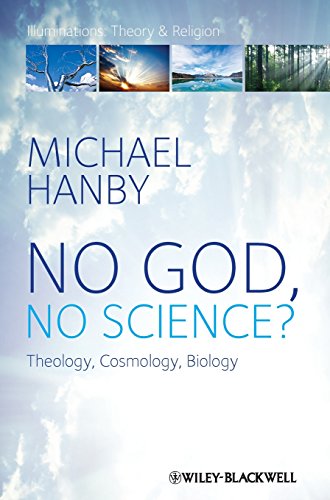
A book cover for No God, No Science: Theology, Cosmology, Biology; Michael Hanby; Christian Books & Bibles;